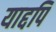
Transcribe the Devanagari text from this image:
याद्दपि